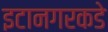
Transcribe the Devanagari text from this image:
इटानगरकडे